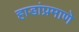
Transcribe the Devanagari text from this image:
हाडांप्रमाणे